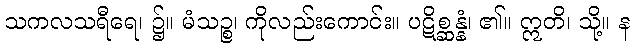
သကလသရီရေ၊ ၌။ မံသဉ္စ၊ ကိုလည်းကောင်း။ ပဋိစ္ဆန္နံ၊ ၏။ ဣတိ၊ သို့။ န